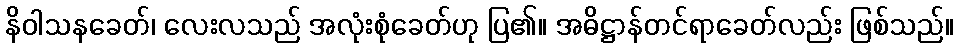
နိဝါသနခေတ်၊ လေးလသည် အလုံးစုံခေတ်ဟု ပြ၏။ အဓိဋ္ဌာန်တင်ရာခေတ်လည်း ဖြစ်သည်။